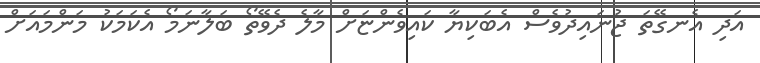
އަދި އެނގޭތަ ޖުނައިދުވެސް އެބަކިޔާ ކައިވެންޏަށް މާލެ ދެވޭތޯ ބަލާނަމޯ އެކަމަކު މަންމައަށް